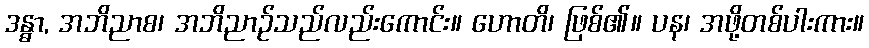
ဒန္ဓာ, အဘိညာစ၊ အဘိညာဉ်သည်လည်းကောင်း။ ဟောတိ၊ ဖြစ်၏။ ပန၊ အဖို့တစ်ပါးကား။